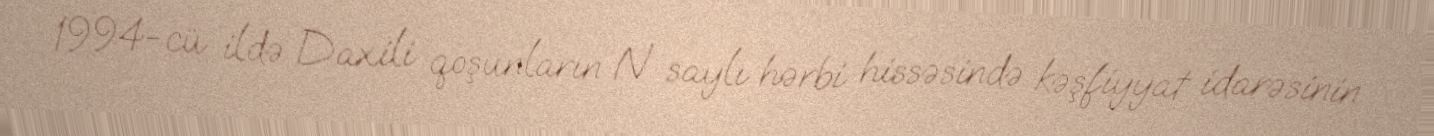
1994-cü ildə Daxili qoşunların N saylı hərbi hissəsində kəşfiyyat idarəsinin